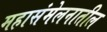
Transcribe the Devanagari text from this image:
महासंमेलनातील